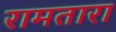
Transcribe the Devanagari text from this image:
रामतारा